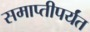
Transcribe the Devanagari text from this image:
समाप्‍तीपर्यंत